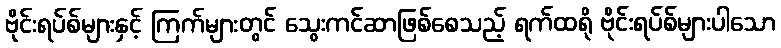
ဗိုင်းရပ်စ်များနှင့် ကြက်များတွင် သွေးကင်ဆာဖြစ်စေသည့် ရက်ထရို ဗိုင်းရပ်စ်များပါသော